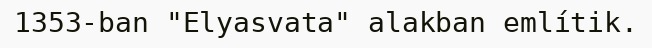
1353-ban "Elyasvata" alakban említik.